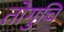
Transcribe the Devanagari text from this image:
तोगुचि